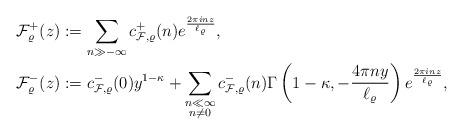
LaTeX: \begin{align*}\mathcal{F}_{\varrho}^+(z)&:=\sum_{n\gg -\infty} c_{\mathcal{F},\varrho}^+(n) e^{\frac{2\pi i nz}{\ell_{\varrho}}},\\\mathcal{F}_{\varrho}^-(z)&:=c_{\mathcal{F},\varrho}^-(0) y^{1-\kappa}+\sum_{\substack{n\ll \infty\\ n\neq 0}} c_{\mathcal{F},\varrho}^-(n) \Gamma\left(1-\kappa,-\frac{4\pi n y}{\ell_{\varrho}}\right)e^{\frac{2\pi i nz}{\ell_{\varrho}}},\end{align*}